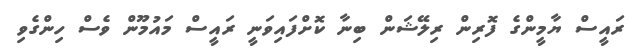
ރައީސް ޔާމީންގެ ފޮރިން ރިލޭޝަން ބިނާ ކޮށްފައިވަނީ ރައީސް މައުމޫން ވެސް ހިންގެވި